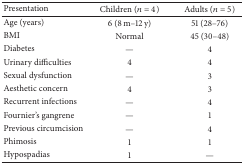
<table><thead><tr><td><b>Presentation</b></td><td><b>Children (<i>n</i> = 4)</b></td><td><b>Adults (<i>n</i> = 5)</b></td></tr></thead><tbody><tr><td>Age (years)</td><td>6 (8 m–12 y)</td><td>51 (28–76)</td></tr><tr><td>BMI</td><td>Normal</td><td>45 (30–48)</td></tr><tr><td>Diabetes</td><td>—</td><td>4</td></tr><tr><td>Urinary difficulties</td><td>4</td><td>4</td></tr><tr><td>Sexual dysfunction</td><td>—</td><td>3</td></tr><tr><td>Aesthetic concern</td><td>4</td><td>3</td></tr><tr><td>Recurrent infections</td><td>—</td><td>4</td></tr><tr><td>Fournier&#x27;s gangrene</td><td>—</td><td>1</td></tr><tr><td>Previous circumcision</td><td>—</td><td>4</td></tr><tr><td>Phimosis</td><td>1</td><td>1</td></tr><tr><td>Hypospadias</td><td>1</td><td>—</td></tr></tbody></table>